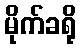
မိုက်ခရို